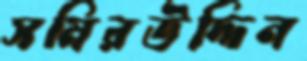
সমিরউদ্দিন